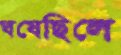
ঘষেছিলে